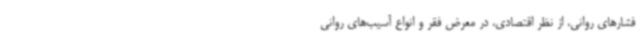
فشارهای روانی، از نظر اقتصادی، در معرض فقر و انواع آسیب‌های روانی